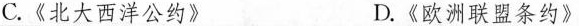
C.《北大西洋公约 D.《欧洲联盟条约》